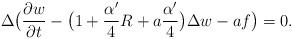
LaTeX: \begin{align*}\Delta\big(\frac{\partial w}{\partial t}-\big(1+\frac{\alpha'}{4}R+a\frac{\alpha'}{4}\big)\Delta w-af\big)=0.\end{align*}